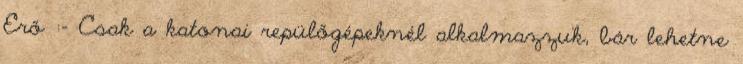
Erő :- Csak a katonai repülőgépeknél alkalmazzuk, bár lehetne